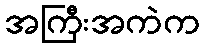
အကြီးအကဲက